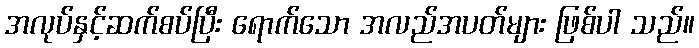
အလုပ်နှင့်ဆက်စပ်ပြီး ရောက်သော အလည်အပတ်များ ဖြစ်ပါ သည်။